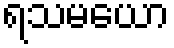
ရသမယော